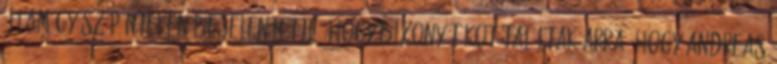
államügyész pénteken bejelentette, hogy bizonyítékot találtak arra, hogy Andreas